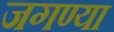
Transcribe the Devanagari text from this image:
जगण्या